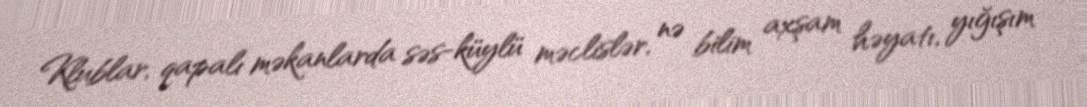
Klublar, qapalı məkanlarda səs-küylü məclislər, nə bilim axşam həyatı, yığışım